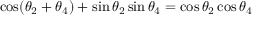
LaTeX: \cos ( \theta _ { 2 } + \theta _ { 4 } ) + \sin \theta _ { 2 } \sin \theta _ { 4 } = \cos \theta _ { 2 } \cos \theta _ { 4 }